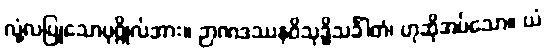
လုံ့လပြုသောပုဂ္ဂိုလ်အား။ ဉာဏဒဿနဝိသုဒ္ဓိသင်္ခါတံ၊ ဟုဆိုအပ်သော။ ယံ